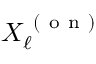
X _ { \ell } ^ { \mathrm { ~ ( ~ o ~ n ~ ) ~ } }